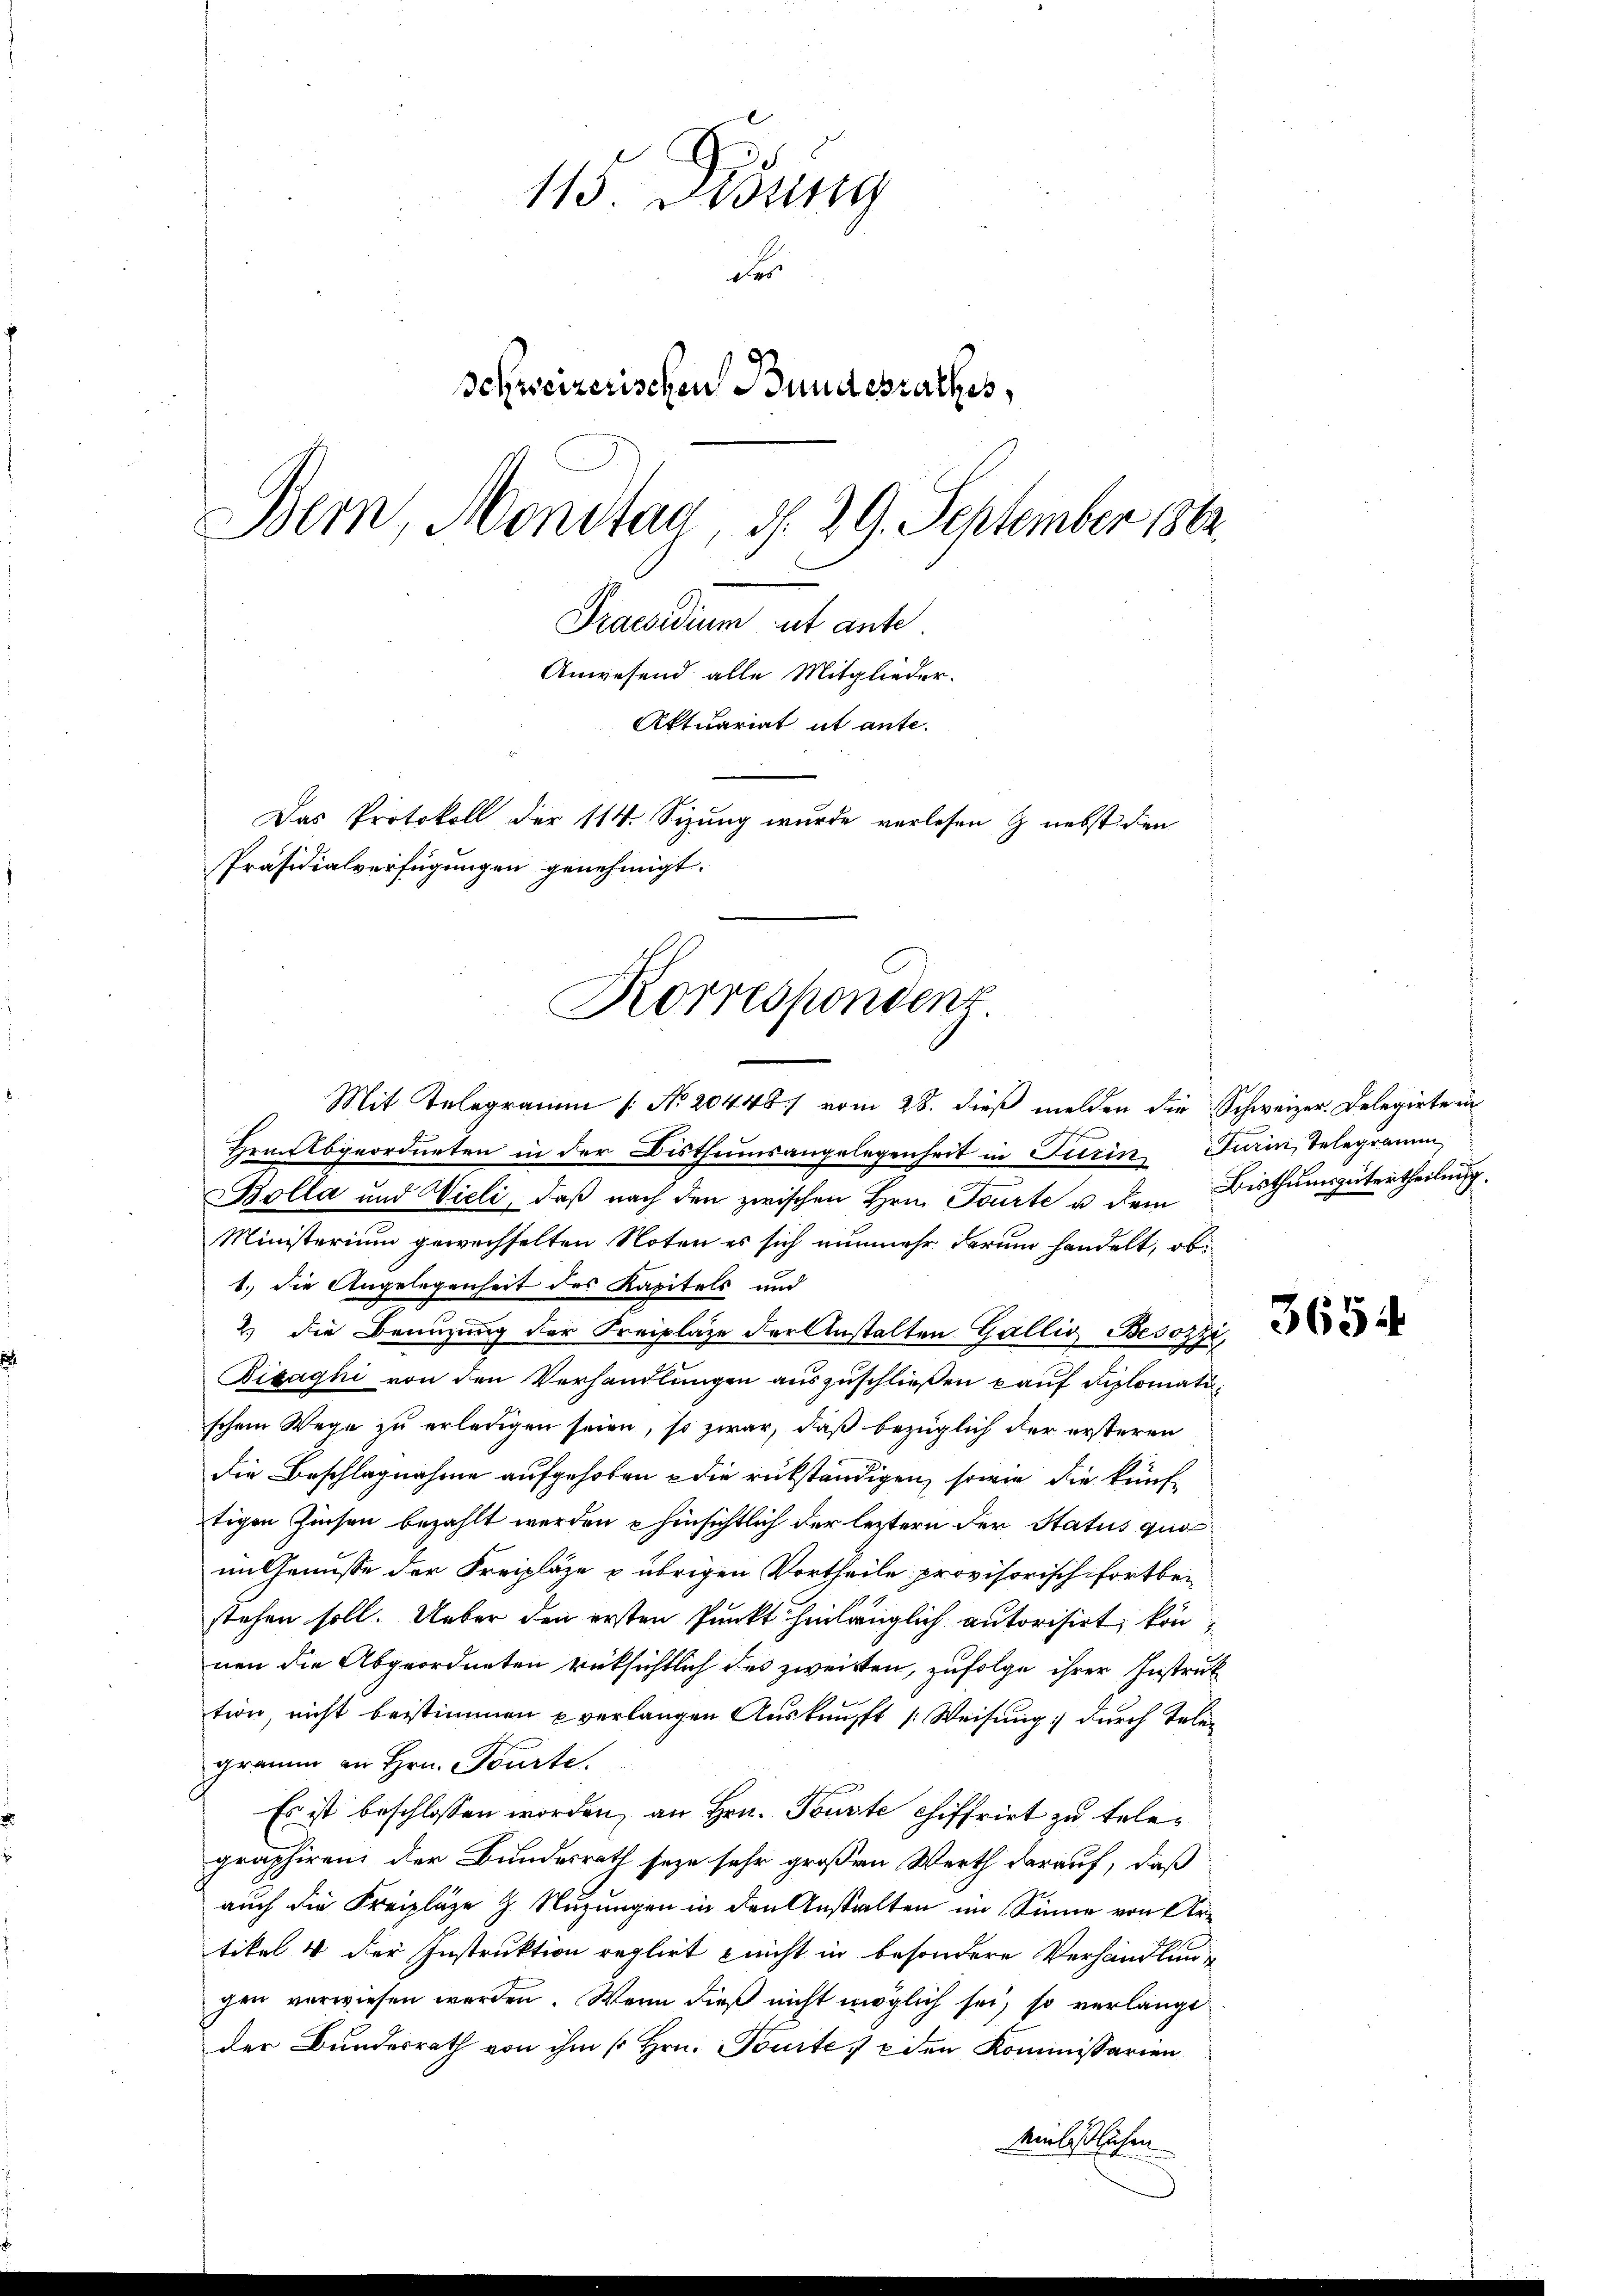
115. Disung
Fer
Schweizerischen Bundesrathes,
Bern, Mondtag, d. 29. September 1862
Praesidium et ante
Anwesend alle Mitglieder.
Aktuariat ut ante.
Das Protokoll der 114. Sizung wurde verlesen & nebst den
Präsidialverfügungen genehmigt.

Korrespondenz

Mit Telegramm No. 20448 / vom 28. dieß melden die Schweizer-Delegirte in
Hrabgeordneten in der Bisthumsangelegenheit in Turin Turin, Telegramm,
Bolla und Vieli, daß nach den zwischen Hrn. Tourte u dem Bisthumsgütertheilung.
Ministerium gewechselten Noten es sich nunmehr darum handelt, ob
1.) Die Angelegenheit des Kapitels und
2) die Benuzung der Freiplaze der Anstalten Gallis Besozzi,
Bizaghi von den Verhandlungen auszuschließen kauf diplomatischem Wege zu erledigen seien, so zwar, daß bezüglich der ersteren
die Beschlagnahme aufgehoben u die rükständigen, sowie die künftigen Zinsen bezahlt werden u hinsichtlich der leztern der Status qui
im Genüsse der Freipläze & übrigen Vortheile provisorisch fortbestehen soll. Ueber den ersten Punkt hinlänglich autorisirt, können die Abgeordneten rüksichtlich des zweitten, zufolge ihrer Instruk
tion, nicht beistimmen u verlangen Ausknüpft /: Weisung durch Telen
gramm an Hrn. Tourte
Es ist beschlossen worden, an Hrn. Touste Chiffrirt zu telegraphiren der Bundesrath seye sehr großen Werth darauf, daß
auch die Freipläge 9 Nuzungen in den Anstalten im Sinne von Artikel 4 der Instruktion reglirt nicht in besondere Verhandlung
chen verwiesen werden. Wenn dieß nicht möglich sei, so verlange
der Bundesrath von ihm [Hrn. Tourte, den Kommissarien
einläßlichen

3654